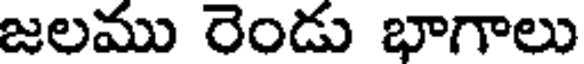
జలము రెండు భాగాలు